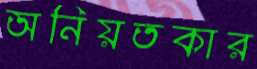
অনিয়তকার